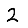
Digit: 2